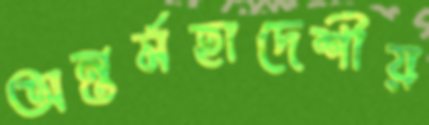
অন্তর্মহাদেশীয়